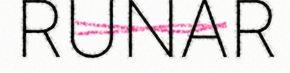
RUNAR